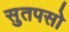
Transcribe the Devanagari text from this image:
सुतपसो